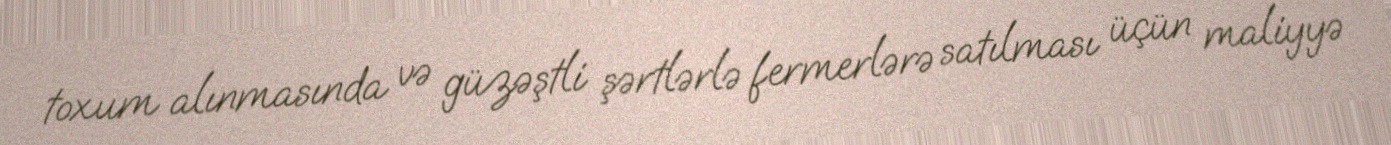
toxum alınmasında və güzəştli şərtlərlə fermerlərə satılması üçün maliyyə